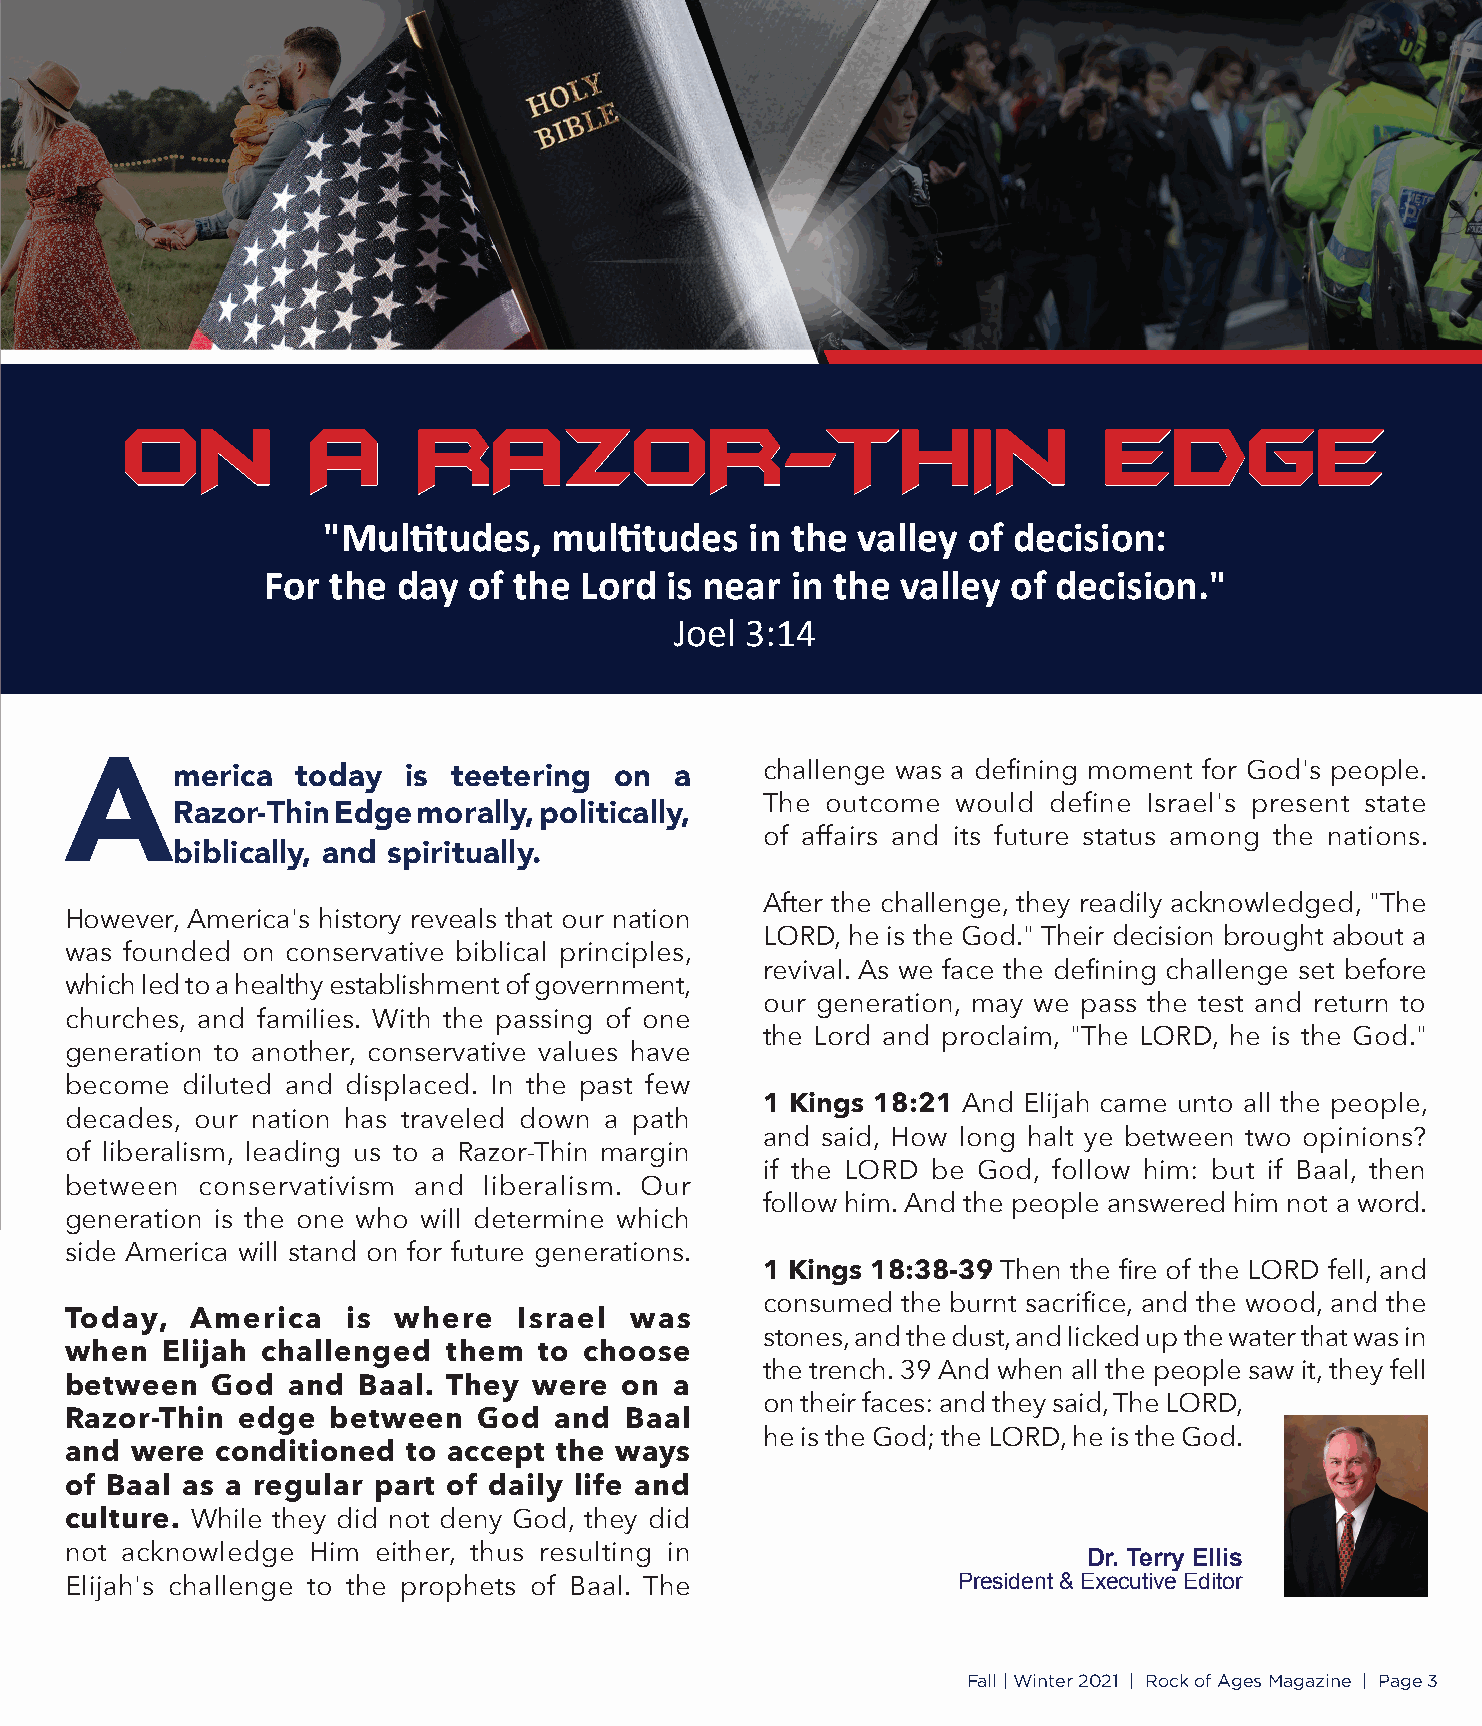
OONN         AA     RRAAZZOORR--TTHHIINN                         EEDDGGEE
 "Multi  tudes, multi tudes   in the valley of decision:
 For  the day  of the Lord  is near in the  valley of decision."
 Joel 3:14
 merica   today  is teetering  on  a    challenge was a defi ning moment for God's people.
 A
 The  outcome would define Israel's present state
 Razor-Thin Edge  morally, politically,
 of affairs and its future status among the nations.
 biblically, and spiritually.
 After the challenge, they readily acknowledged, "The
 However, America's history reveals that our nation
 LORD, he is the God." Their decision brought about a
 was founded on conservative biblical principles,
 revival. As we face the defi ning challenge set before
 which led to a healthy establishment of government,
 our generation, may we pass the test and return to
 churches, and families. With the passing of one
 the Lord and proclaim, "The LORD, he is the God."
 generation to another, conservative values have
 become  diluted and displaced. In the past few
 1 Kings 18:21 And Elijah came unto all the people,
 decades, our nation has traveled down a path
 and said, How long halt ye between two opinions?
 of liberalism, leading us to a Razor-Thin margin
 if the LORD be God, follow him: but if Baal, then
 between  conservativism and liberalism. Our
 follow him. And the people answered him not a word.
 generation is the one who will determine which
 side America will stand on for future generations.
 1 Kings 18:38-39 Then the fi re of the LORD fell, and
 consumed  the burnt sacrifi ce, and the wood, and the
 Today,   America   is where   Israel  was
 stones, and the dust, and licked up the water that was in
 when   Elijah challenged  them  to choose
 the trench. 39 And when all the people saw it, they fell
 between   God  and  Baal. They were  on  a
 on their faces: and they said, The LORD,
 Razor-Thin  edge  between   God  and Baal
 he is the God; the LORD, he is the God.
 and  were conditioned  to accept the ways
 of Baal as a regular part of daily life and
 culture. While they did not deny God, they did
 not acknowledge Him  either, thus resulting in                      Dr. Terry Ellis
 Elijah's challenge to the prophets of Baal. The            President & Executive Editor
 Fall | Winter 2021 | Rock of Ages Magazine | Page 3